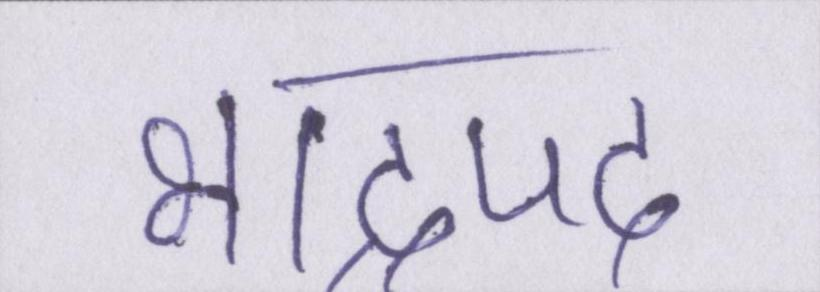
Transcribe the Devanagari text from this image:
भाद्रपद